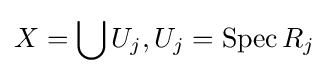
X=\bigcup U_{j},U_{j}=\operatorname {Spec} R_{j}